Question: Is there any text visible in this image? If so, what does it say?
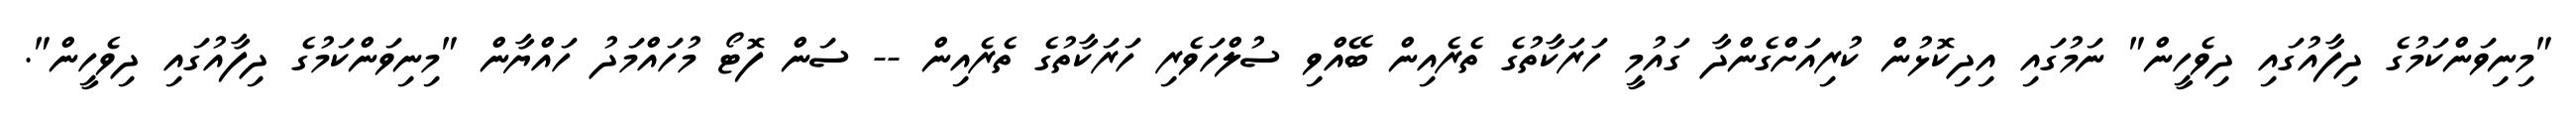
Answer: "މިނިވަންކަމުގެ ދިފާއުގައި ދިވެހީން" ނަމުގައި އިދިކޮޅުން ކުރިއަށްގެންދާ ގައުމީ ހަރަކާތުގެ ތެރެއިން ބޭއްވި ސުލްހަވެރި ހަރަކާތުގެ ތެރެއިން -- ސަން ފޮޓޯ މުހައްމަދު ހައްޔާން "މިނިވަންކަމުގެ ދިފާއުގައި ދިވެހީން".